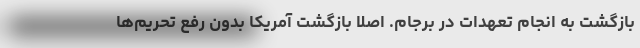
بازگشت به انجام تعهدات در برجام. اصلاً بازگشت آمریکا بدون رفع تحریم‌ها